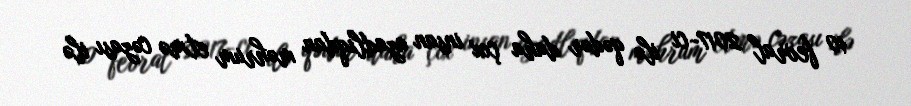
10 fevral 2017-ci ilə qədər daha çox insan azadlıqdan məhrum etmə cəzası ilə